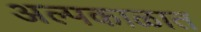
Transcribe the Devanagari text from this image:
अल्पकाळात